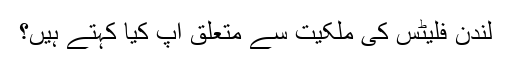
لندن فلیٹس کی ملکیت سے متعلق آپ کیا کہتے ہیں؟